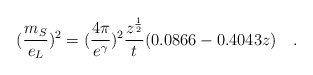
\begin{align*}(\frac{m_{S}}{e_{L}})^{2}=(\frac{4\pi }{e^{\gamma}})^{2}\frac{z^{\frac{1}{2}}}{t}(0.0866-0.4043z)\quad .\end{align*}